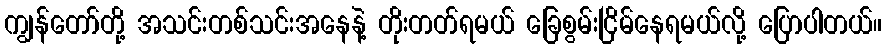
ကျွန်တော်တို့ အသင်းတစ်သင်းအနေနဲ့ တိုးတတ်ရမယ် ခြေစွမ်းငြိမ်နေရမယ်လို့ ပြောပါတယ်။